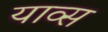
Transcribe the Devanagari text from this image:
याव्स